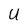
Character: U